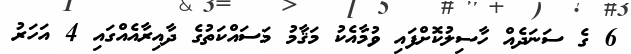
6 ގެ ސަނަދެއް ހާސިލުކޮށްފައި ވުމާއެކު މަޤާމު މަސައްކަތުގެ ދާއިރާއެއްގައި 4 އަހަރު